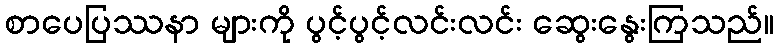
စာပေပြဿနာ များကို ပွင့်ပွင့်လင်းလင်း ဆွေးနွေးကြသည်။